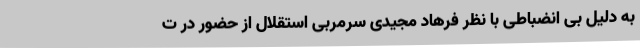
به دلیل بی انضباطی با نظر فرهاد مجیدی سرمربی استقلال از حضور در ت